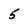
Character: 5